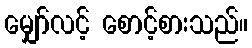
မျှော်လင့် စောင့်စားသည်။